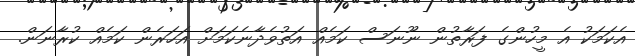
އެކަމަކު އެ މީހުންގެ ފަރާތުން ނޫނަސް ކަމެއް އަތުވެދާނެކަމަށް އަހަރެން ކަމެއް ކުރާނަން.